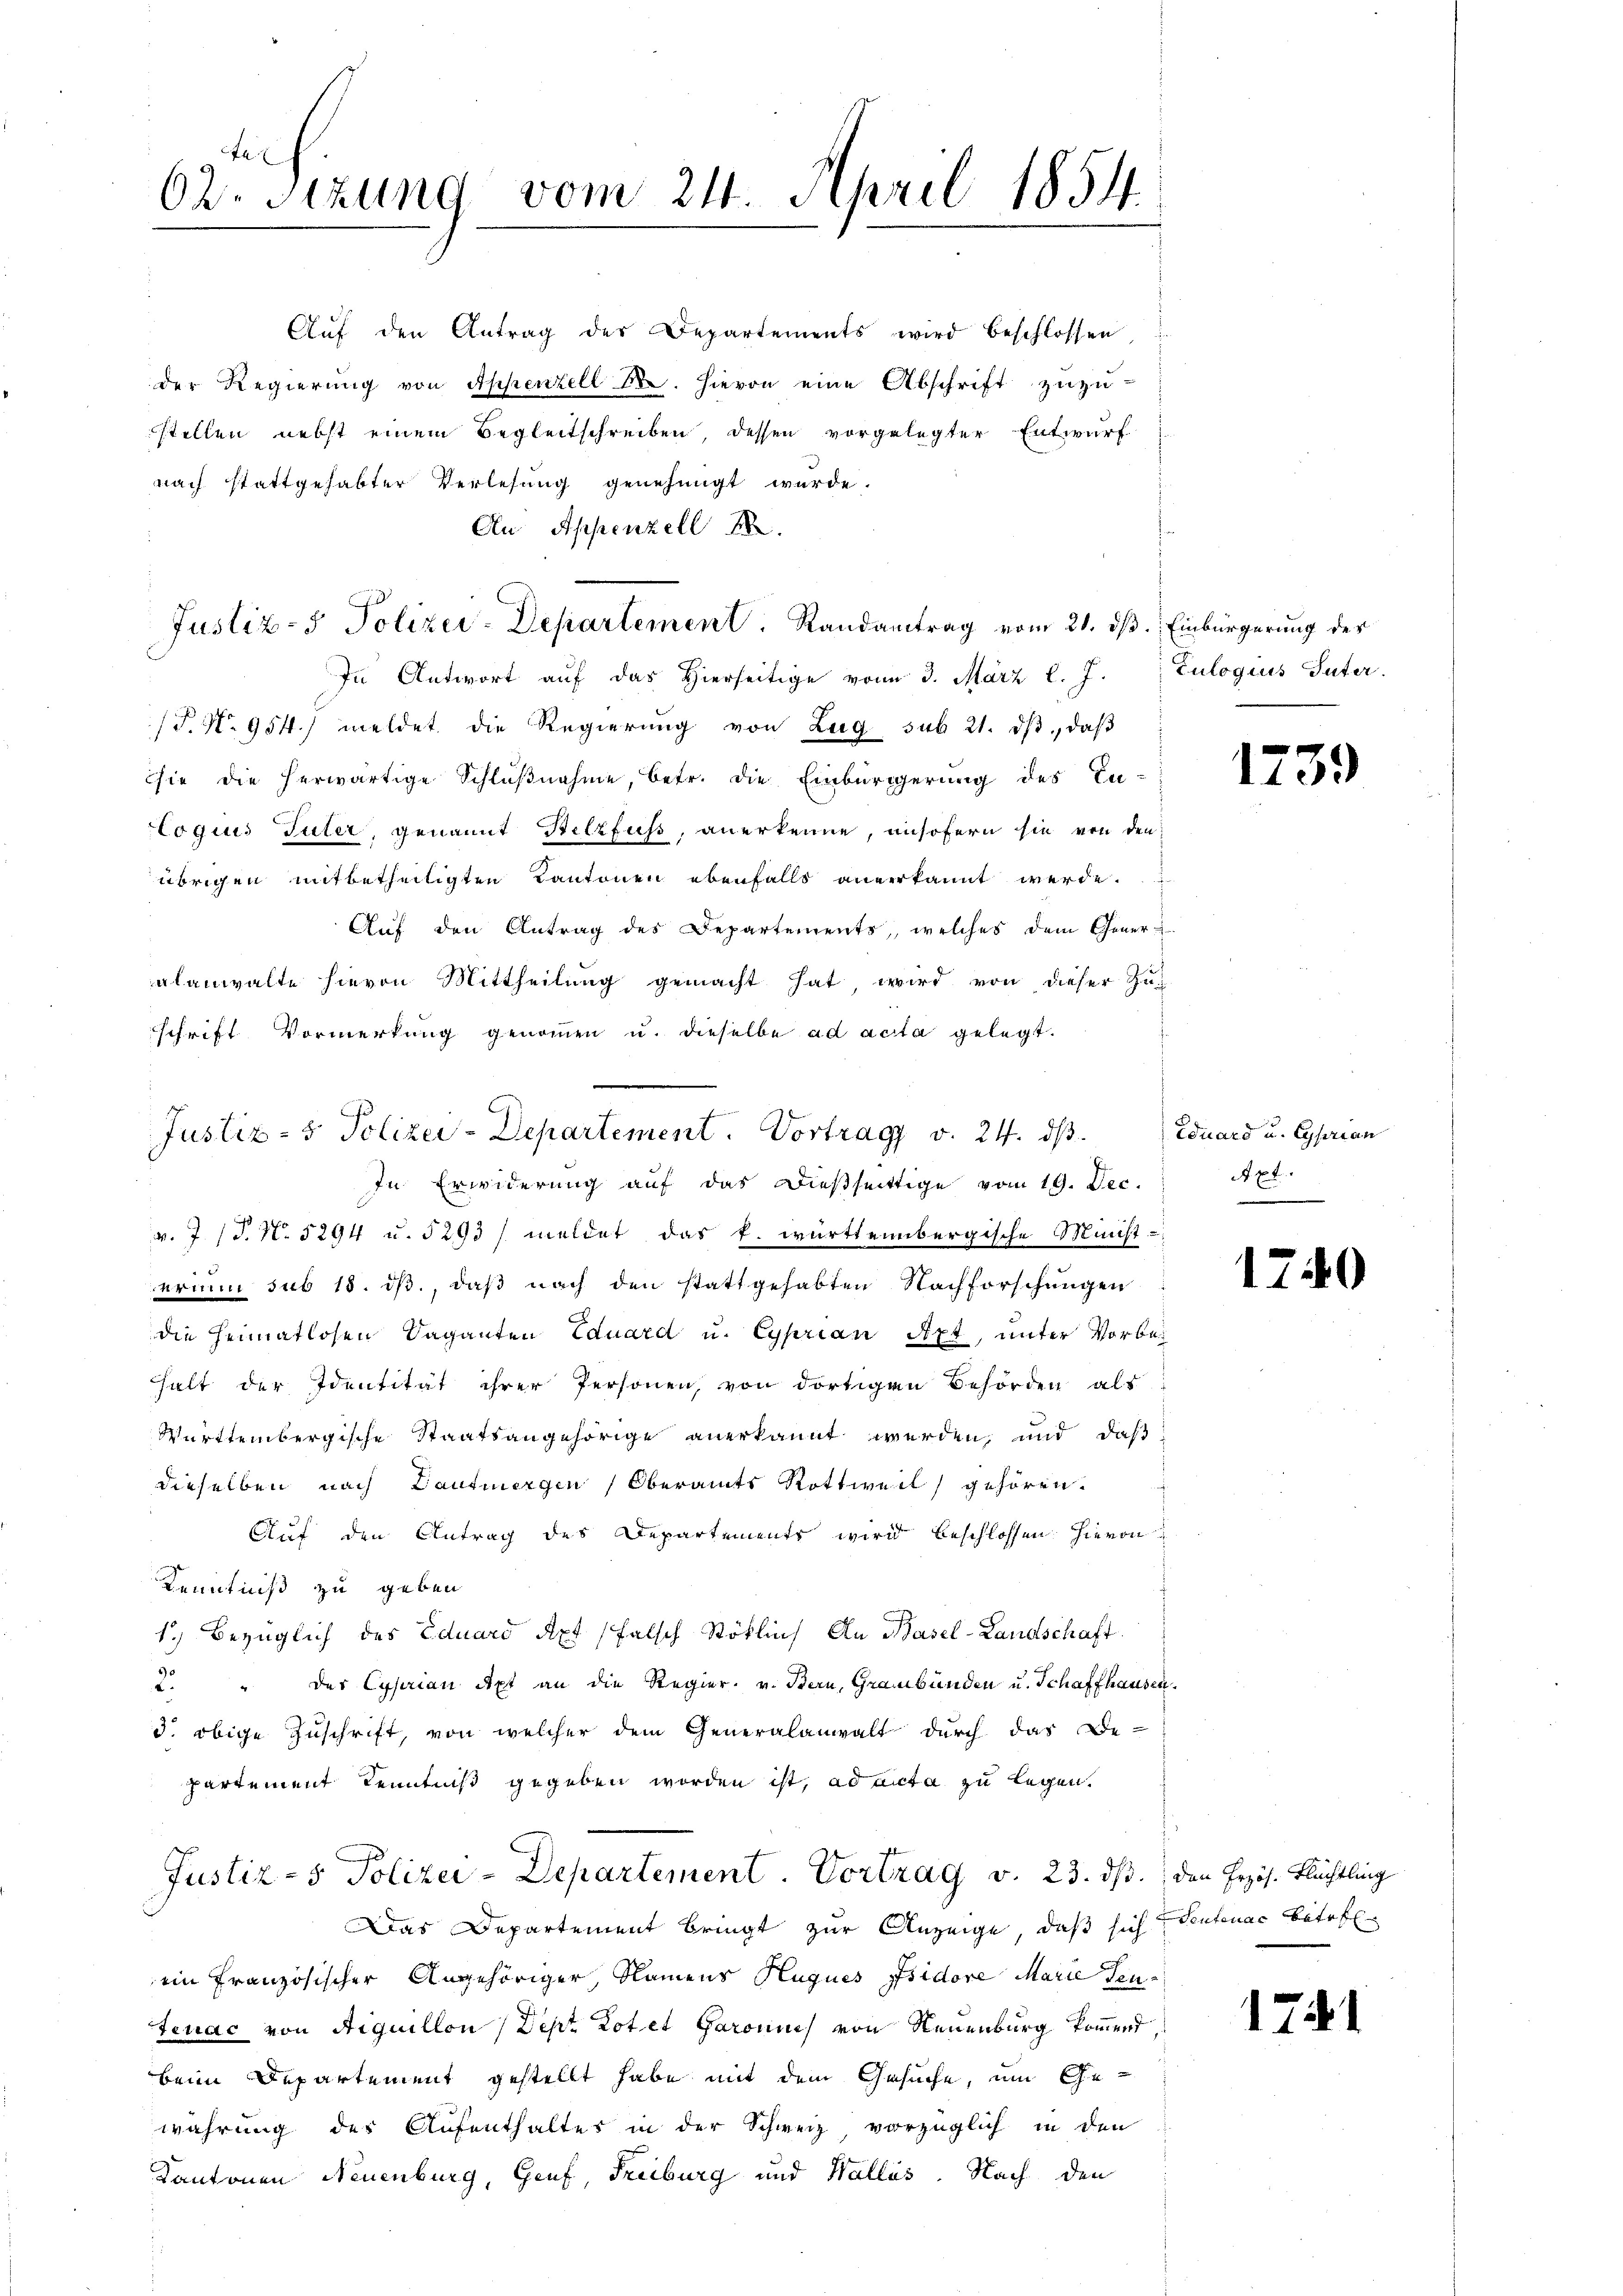
a
62. Sizung vom 24. April 1854.

Aŭf den Antrag der Departements wird beschlossen,
der Regierung von Appenzell Sr. Hievon eine Abschrift zuzu-
stellen nebst einem Begleitschreiben dessen vorgelegter Entwurf
nach stattgehabter Verlesung genehmigt wurde.
An Appenzell 18
In Antwort auf das Hierseitige vom 3. März l. J. Zulogus Suter.
(P. Nr. 954.) meldet die Regierung von Zug sub 21. dβ, daβ
sie die herwärtige Schlußnahme, betr. die Einbürgerung des In-
Loquis Tuter, genannt Stelzfuss, anerkenne, unsofern sie von den
übrigen mitbetheiligten Kantonen ebenfalls anverkannt werde.
Aŭf den Antrag des Departemente, welches dem Gener-
alanwalte hievon Mittheilung gemacht hat, wird von dieser Zuschrift Vormerkung genommen u. dieselbe ad acta gelegt.
In Erwiderung auf das dießseitige vom 19. Dec.
v. 7 (S. N. 5294 u. 5293/ meldet das k. württembergische Minist-
erin sub 18. dβ, daß nach den stattgehabten Nachforschungen
die Heimatlosen Vaganten Eduard u. Cyprian Art, unter Vorbe¬
Halt der Identität ihrer Personen, von dortigen Behörden als
Württembergische Staatsangehörige anerkannt werden, und daß
dieselben nach Dantnergen Oberamts Rottweil gehören.
Auf den Antrag des Departements wird beschlossen hievon
Kenntniß zu geben
1.) Bezüglich des Eduard Axt falsch Stoklins An Basel-Landschaft
2. " der Cyprian Axt an die Regier. v. Bern, Graubünden u. Schaffhausen,
3. obige Zuschrift, von welcher dem Generalanwalt durch das Be-
partement Kenntniß gegeben worden ist, ad acta zu legen.
Justiz- & Polizei-Departement. Vortrag v. 23. ds.
Das Departement bringt zur Anzeige, daß sich deutenac betref
ein französischer Angehöriger, Namens Hugues Isidore Marie Teuteuac von Aiquillon (Depz Rotet Garannes von Neuenburg kommend,
beim Departement gestellt habe mit dem Gesuche, um Ge-
wahrung der Aufenthaltes in der Schweiz vorzüglich in den
Kantonen Neuenburg, Genf, Freiburg und Wallis. Nach den

Justiz- & Polizei-Departement. Randantrag vom 21. ds. Einbürgerung des

Justiz- & Polizei-Departement. Vortrag v. 24. ds.

1739

Eduard u. Cyprian
Axt.

1740

den Erzös. Flüchtling

1741